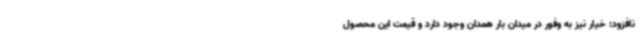
نافزود: خیار نیز به وفور در میدان بار همدان وجود دارد و قیمت این محصول